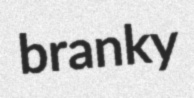
branky